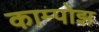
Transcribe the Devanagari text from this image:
काम्पोझ